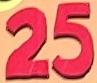
25